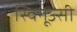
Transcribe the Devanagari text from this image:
स्विनूज्सी